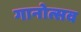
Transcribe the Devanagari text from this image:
गानोत्सव